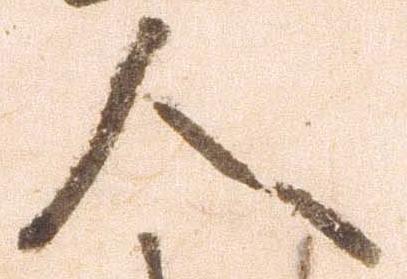
人